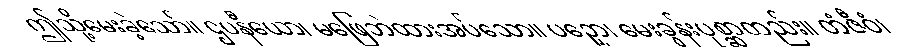
ဤသို့မေးခဲ့သော်။ ဌပနီယော၊ မဖြေဘဲထားအပ်သော။ ပဉှော၊ မေးခွန်းပုစ္ဆာတည်း။ တံဇီဝံ၊